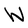
Character: W